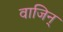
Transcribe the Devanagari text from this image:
वाजिन्